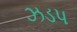
ઝડપ